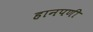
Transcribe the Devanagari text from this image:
हानपणी